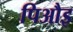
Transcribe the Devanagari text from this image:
पिऔइ